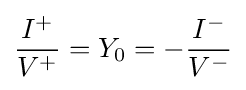
{\frac {I^{+}}{V^{+}}}=Y_{0}=-{\frac {I^{-}}{V^{-}}}